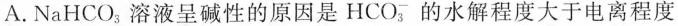
A. NaHCO^{-}_{3} 溶液呈碱性的原因是HCO_{3} 的水解程度大于电离程度